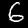
Digit: 6